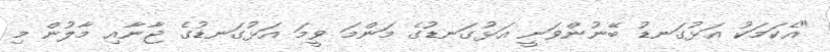
"އެކަމަކު އަޅުގަނޑު ބޭނުންވަނީ އަޅުގަނޑުގެ މަންމަ ވީމަ އަޅުގަނޑުގެ ޖާނާއި މާލުން މި